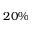
2 0 \%